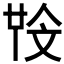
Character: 𣁒